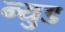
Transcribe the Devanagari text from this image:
न्युड